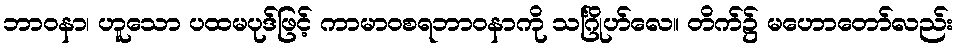
ဘာဝနာ၊ ဟူသော ပထမပုဒ်ဖြင့် ကာမာဝစရဘာဝနာကို သင်္ဂြိုဟ်လေ။ တိက်၌ မဟောတော်လည်း